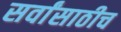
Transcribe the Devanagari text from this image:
सर्वांसाठीच